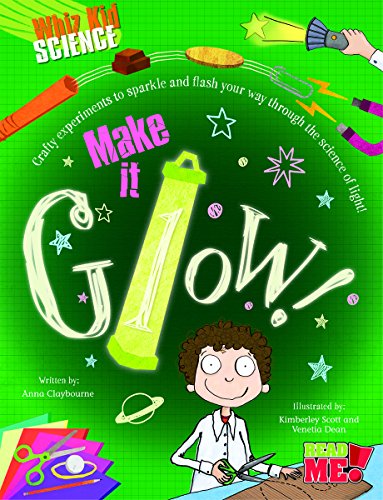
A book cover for Make It Glow! (Whiz Kid Science); Anna Claybourne; Children's Books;